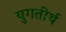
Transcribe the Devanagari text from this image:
युगतीर्थ